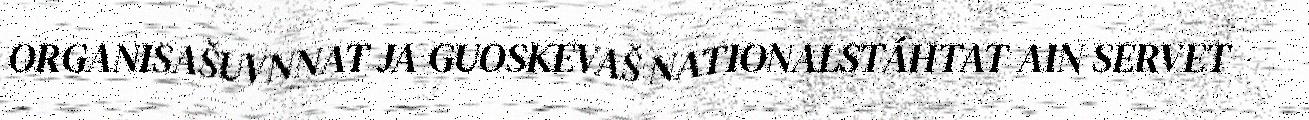
ORGANISAŠUVNNAT JA GUOSKEVAŠ NATIONALSTÁHTAT AIN SERVET